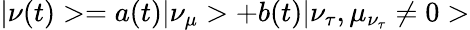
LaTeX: |\nu(t)>=a(t)|\nu_{\mu}>+b(t)|\nu_{\tau},\mu_{\nu_{\tau}}\neq 0>